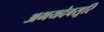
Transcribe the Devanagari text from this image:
अभयदेवसूरि